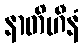
နာတိဟီနံ